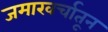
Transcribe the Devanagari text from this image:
जमाखर्चातून